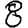
Digit: 8